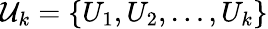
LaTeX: \mathcal{U}_{k}=\{ U_{1},U_{2},\dots,U_{k}\}